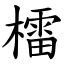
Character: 檑